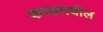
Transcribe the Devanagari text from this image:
कच्छ्मधील